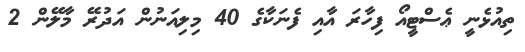
ތިއުޅެނީ ޢެސްޓީއޯ ފިހާރަ އާއި ފެނަކާގެ 40 މިލިއަނުން އަދުރޭ މާލޭން 2